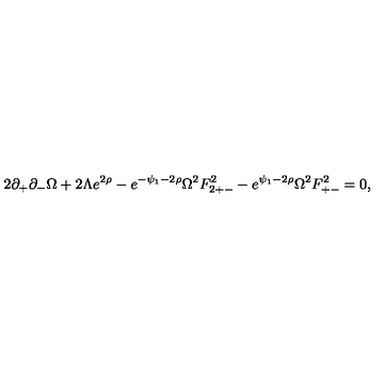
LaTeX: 2 \partial _ { + } \partial _ { - } \Omega + 2 \Lambda e ^ { 2 \rho } - e ^ { - \psi _ { 1 } - 2 \rho } \Omega ^ { 2 } F _ { 2 + - } ^ { 2 } - e ^ { \psi _ { 1 } - 2 \rho } \Omega ^ { 2 } F _ { + - } ^ { 2 } = 0 ,